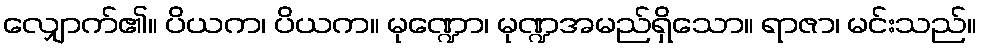
လျှောက်၏။ ပိယက၊ ပိယက။ မုဏ္ဍော၊ မုဏ္ဍအမည်ရှိသော။ ရာဇာ၊ မင်းသည်။